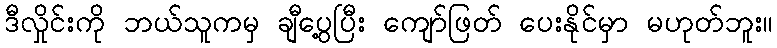
ဒီလှိုင်းကို ဘယ်သူကမှ ချီပွေ့ပြီး ကျော်ဖြတ် ပေးနိုင်မှာ မဟုတ်ဘူး။